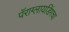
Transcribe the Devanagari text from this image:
पॅराग्लायडिंगचा